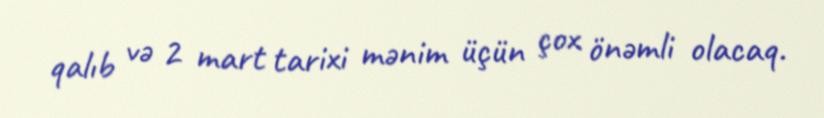
qalıb və 2 mart tarixi mənim üçün çox önəmli olacaq.